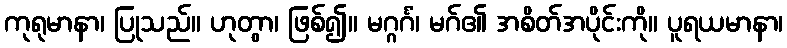
ကုရုမာနာ၊ ပြုသည်။ ဟုတွာ၊ ဖြစ်၍။ မဂ္ဂင်္ဂံ၊ မဂ်၏ အစိတ်အပိုင်းကို။ ပူရယမာနာ၊